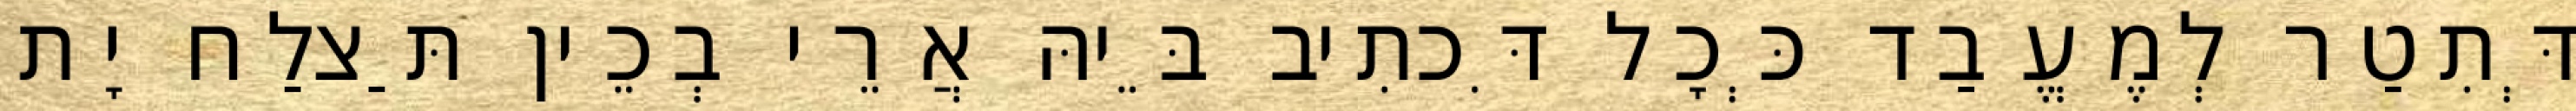
דְּתִטַר לְמֶעֱבַד כְּכָל דִּכתִיב בֵּיהּ אֲרֵי בְכֵין תַּצלַח יָת